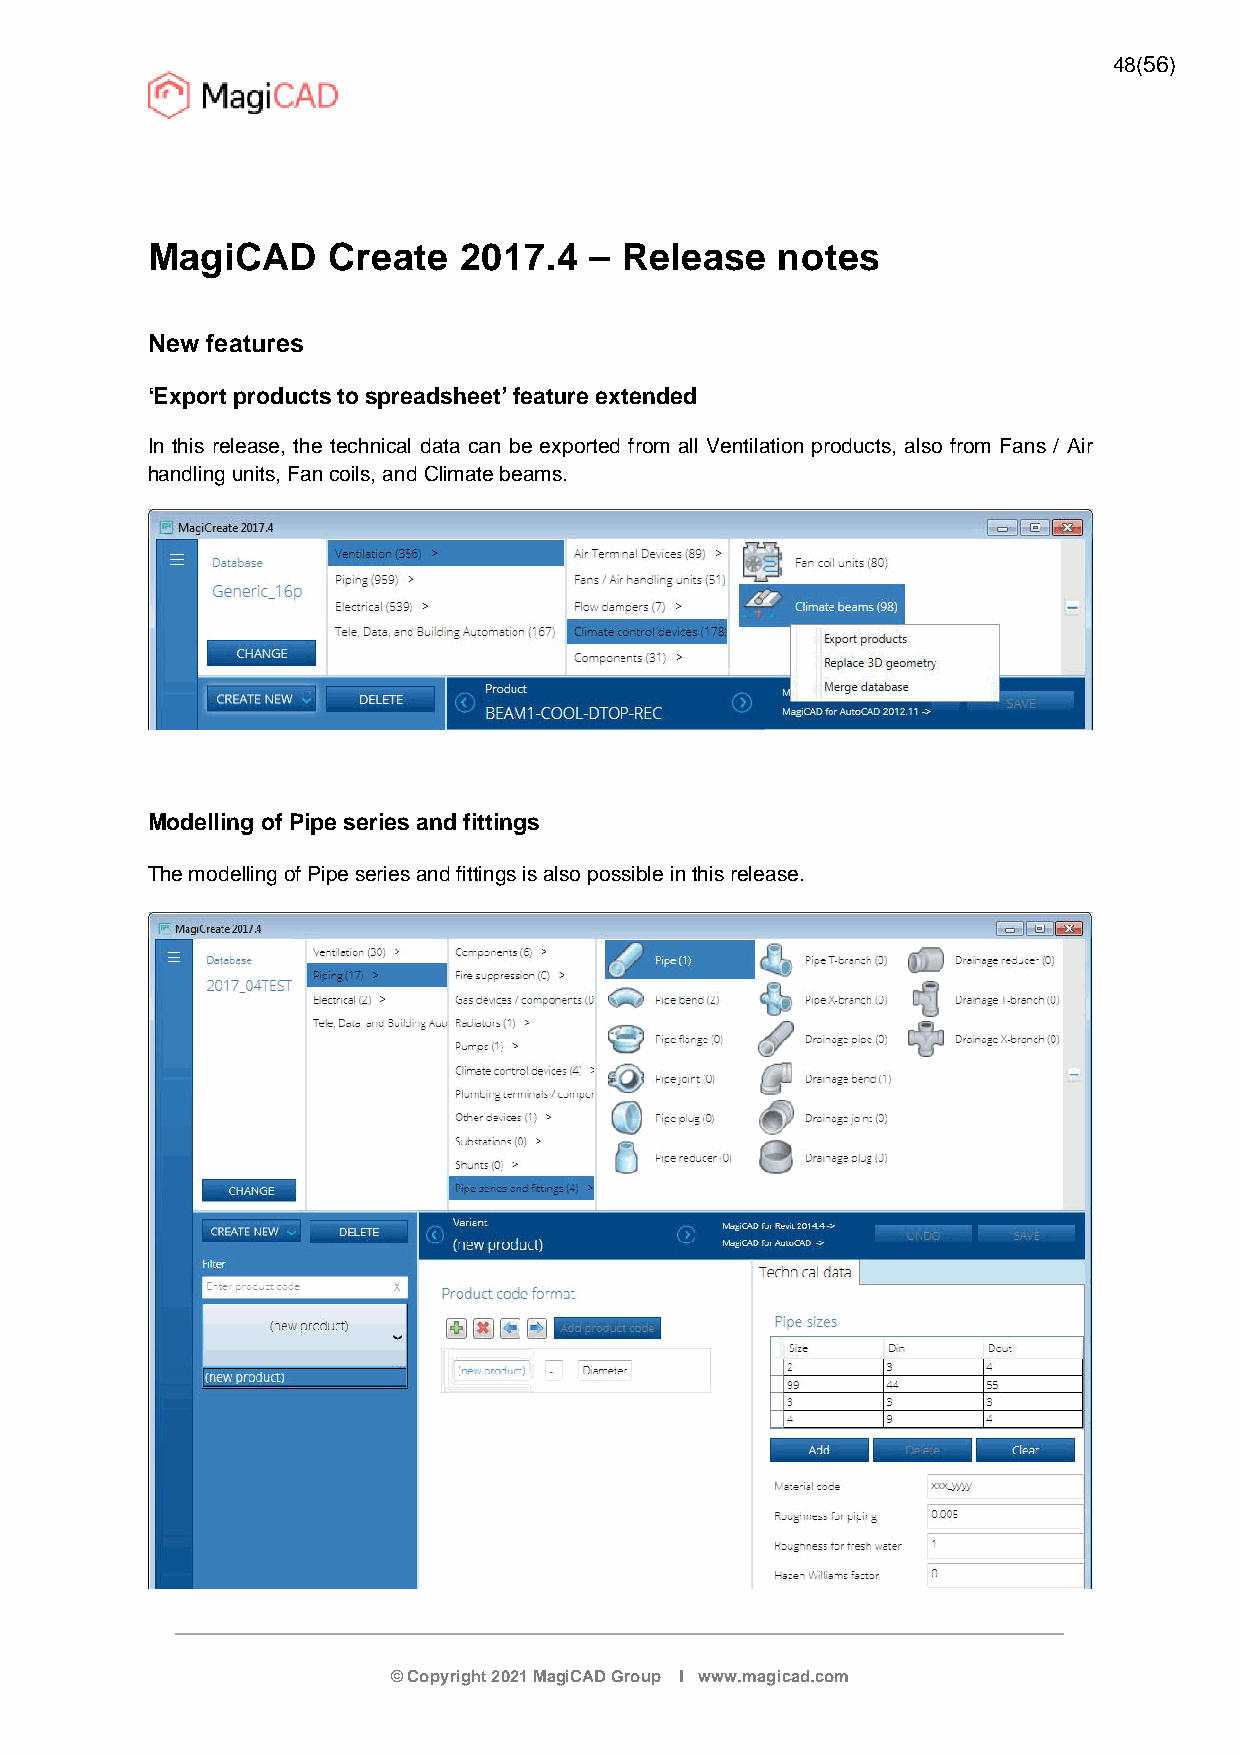
48(56)
 MagiCAD     Create  2017.4   – Release   notes
 New features
 ‘Export products to spreadsheet’ feature extended
 In this release, the technical data can be exported from all Ventilation products, also from Fans / Air
 handling units, Fan coils, and Climate beams.
 Modelling of Pipe series and fittings
 The modelling of Pipe series and fittings is also possible in this release.
 © Copyright 2021 MagiCAD Group I www.magicad.com